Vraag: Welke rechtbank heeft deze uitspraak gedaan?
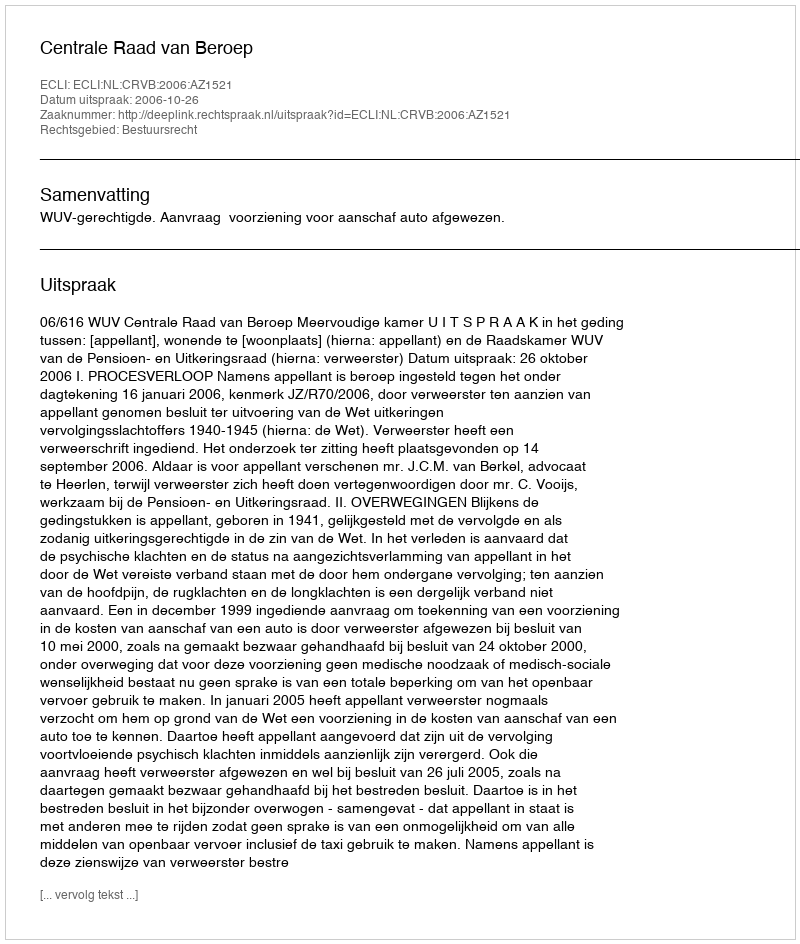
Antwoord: Centrale Raad van Beroep